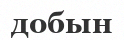
добын